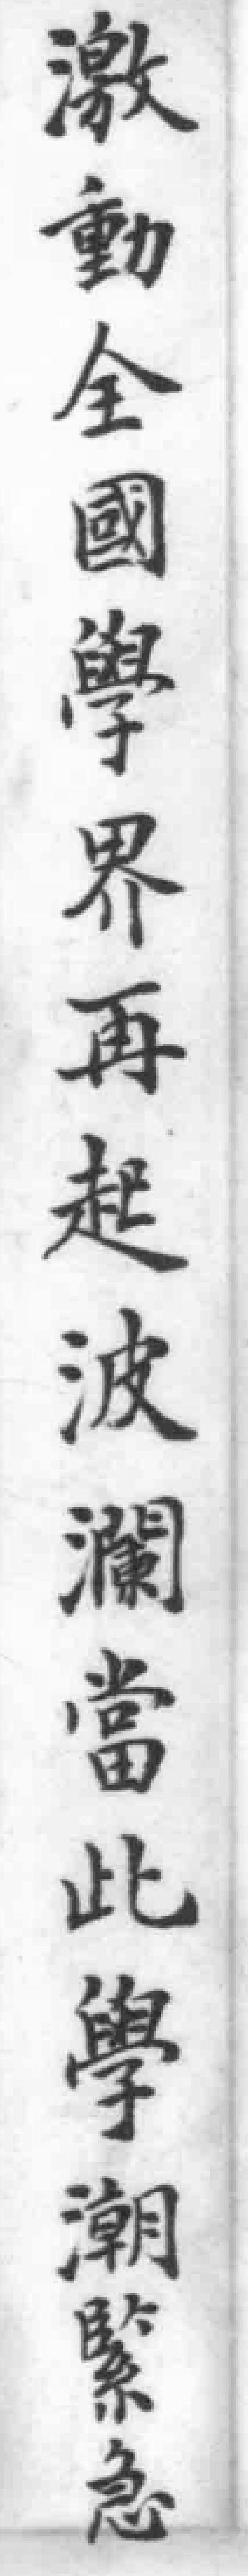
激動全國學界再起波瀾當此學潮緊急